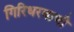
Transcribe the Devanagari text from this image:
गिरिधरवाणी